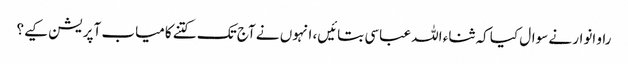
راو انوار نے سوال کیا کہ ثناء اللہ عباسی بتائیں، انہوں نے آج تک کتنے کامیاب آپریشن کیے؟